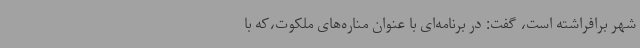
شهر برافراشته است، گفت: در برنامه‌ای با عنوان مناره‌های ملکوت،که با